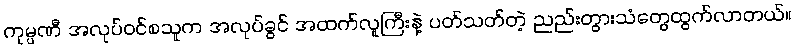
ကုမ္ပဏီ အလုပ်ဝင်စသူက အလုပ်ခွင် အထက်လူကြီးနဲ့ ပတ်သတ်တဲ့ ညည်းတွားသံတွေထွက်လာတယ်။